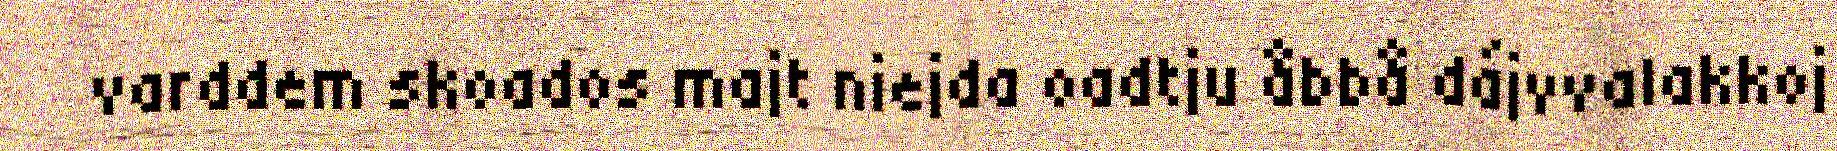
varddem skoados majt niejda oadtju åbbå dájvvalakkoj